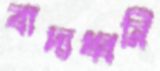
বাদ্যধ্বনি